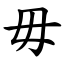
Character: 毋